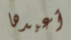
أعيدها